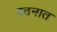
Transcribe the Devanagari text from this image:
पठनात